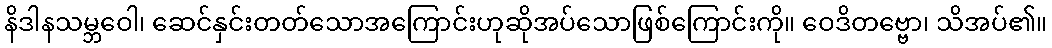
နိဒါနသမ္ဘဝေါ၊ ဆေင်နှင်းတတ်သောအကြောင်းဟုဆိုအပ်သောဖြစ်ကြောင်းကို။ ဝေဒိတဗ္ဗော၊ သိအပ်၏။